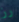
رز